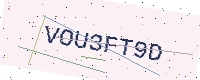
Text: VOU3FT9D